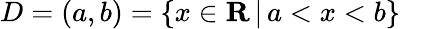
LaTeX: D=(a,b)=\{ x\in\mathbf{R}\, |\, a<x<b\} \quad